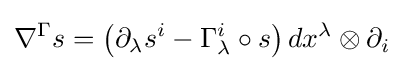
\nabla ^{\Gamma }s=\left(\partial _{\lambda }s^{i}-\Gamma _{\lambda }^{i}\circ s\right)dx^{\lambda }\otimes \partial _{i}